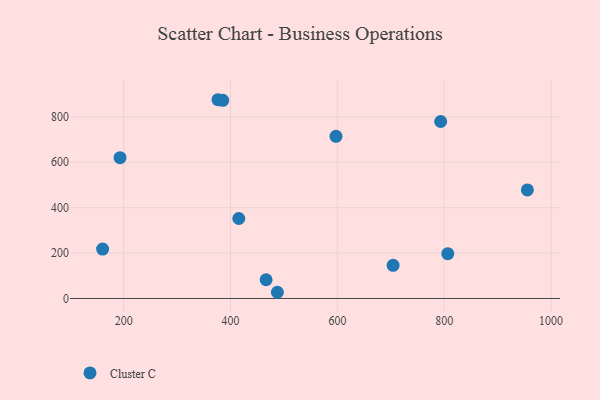
{"axis": {"x": "Experience", "y": "Demand"}, "legend": ["Cluster C"], "data": [{"x": "793.3", "y": 779.4, "type": "Cluster C"}, {"x": "955.6", "y": 477.9, "type": "Cluster C"}, {"x": "704.3", "y": 145.8, "type": "Cluster C"}, {"x": "376.5", "y": 875.3, "type": "Cluster C"}, {"x": "160.6", "y": 217.7, "type": "Cluster C"}, {"x": "806.6", "y": 197.1, "type": "Cluster C"}, {"x": "415.5", "y": 352.1, "type": "Cluster C"}, {"x": "597.4", "y": 714.0, "type": "Cluster C"}, {"x": "466.6", "y": 82.4, "type": "Cluster C"}, {"x": "487.7", "y": 27.3, "type": "Cluster C"}, {"x": "385.4", "y": 872.5, "type": "Cluster C"}, {"x": "193.2", "y": 620.1, "type": "Cluster C"}]}